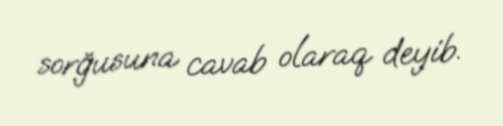
sorğusuna cavab olaraq deyib.